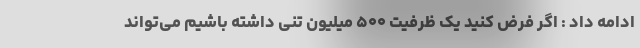
ادامه داد : اگر فرض کنید یک ظرفیت ۵۰۰ میلیون تنی داشته باشیم می‌تواند